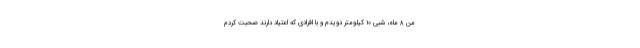
من ۸ ماه، شبی ۱۰ کیلومتر دویدم و با افرادی که اعتیاد دارند صحبت کردم